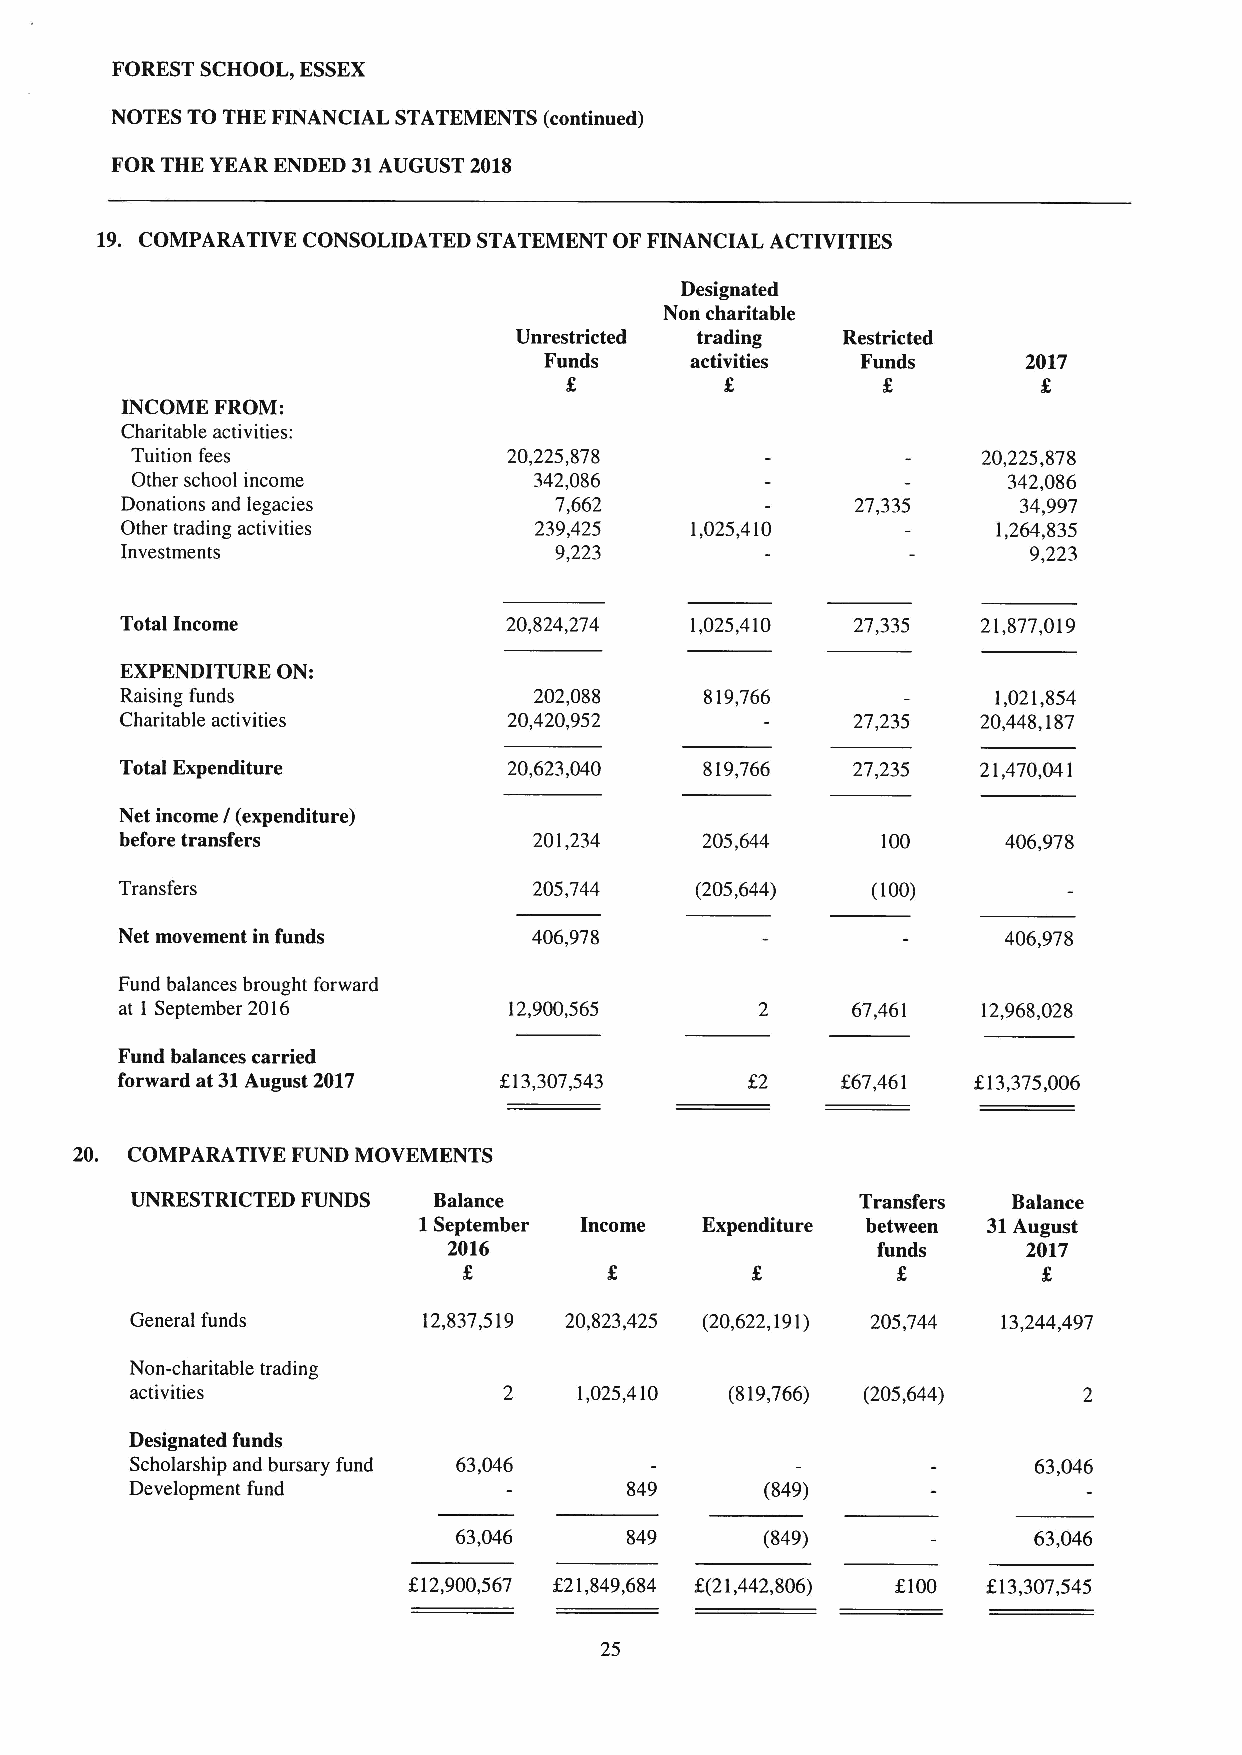
FOREST SCHOOL, ESSEX
 NOTES TO THE FINANCIAL STATEMENTS (continued)
 FOR THE YEAR ENDED 31AUGUST 2018
 19. COMPARATIVE CONSOLIDATED STATEMENT OF FINANCIAL ACTIVITIES
 Designated
 Non charitable
 Unrestricted trading  Restricted
 Funds     activities Funds      2017
 INCOME FROM:
 Charitable activities:
 Tuition fees             20,225,878                     20,225,878
 Other school income       342,086                         342,086
 Donations and legacies       7,662               27,335    34,997
 Other trading activities   239,425    1,025,410           1,264,835
 Investments                  9,223                          9,223
 Total Income              20,824,274  1,025,410  27,335  21,877,019
 EXPENDITURE ON:
 Raising funds              202,088     819,766            1,021,854
 Charitable activities     20,420,952            27,235   20,448,187
 Total Expenditure         20,623,040   819,766  27,235   21,470,041
 Net income / (expenditure)
 before transfers           201,234     205,644    100      406,978
 Transfers                  205,744    (205,644)   (100)
 Net movement in funds      406,978                         406,978
 Fund balances brought forward
 at 1 September 2016       12,900,565            67,461   12,968,028
 Fund balances carried
 forward at 31August 2017 K13,307,543            /67,461 f13,375,006
 20. COMPARATIVE FUND MOVEMENTS
 UNRESTRICTED FUNDS  Balance                     Transfers Balance
 1September Income Expenditure between 31August
 2016                        funds     2017
 f.
 General funds      12,837,519 20,823,425 (20,622,191) 205,744 13,244,497
 Non-charitable trading
 activities              2    1,025,410 (819,766) (205,644)
 Designated funds
 Scholarship and bursary fund 63,046                        63,046
 Development fund                849       (849)
 63,046     849       (849)            63,046
 K12,900,567 K21,849,684 K(21,442,806) f100 f13,307,545
 25